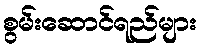
စွမ်းဆောင်ရည်များ